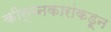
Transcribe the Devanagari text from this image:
कीर्तनकारांकडून